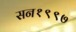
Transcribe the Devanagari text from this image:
सन१९९७